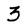
Character: 3